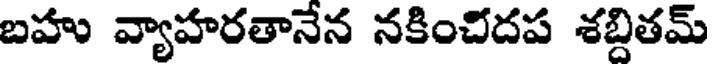
బహు వ్యాహరతానేన నకించిదప శబ్దితమ్